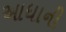
આધાની